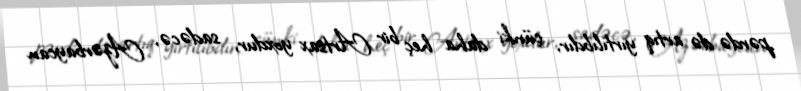
pərdə də artıq yırtılıbdır, çünki daha heç bir Artsax yoxdur, sadəcə, Azərbaycan